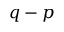
q - p